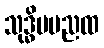
သုဒ္ဓိမမညထ